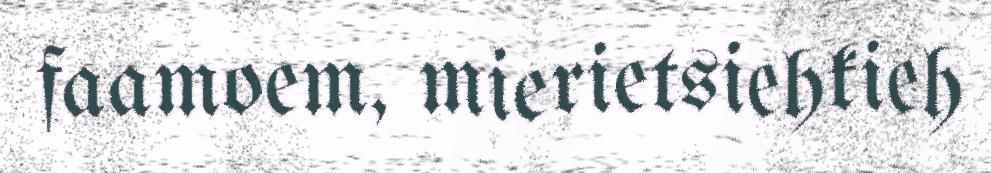
faamoem, mierietsiehkieh